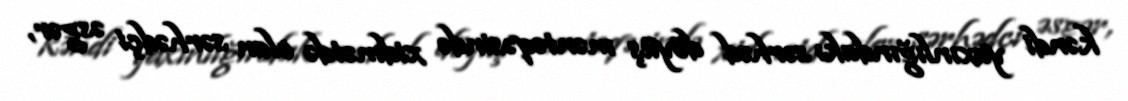
kəndi yaxınlığındakı sərhəd döyüş məntəqəsində xidmətdə olan sərhədçi əsgər,